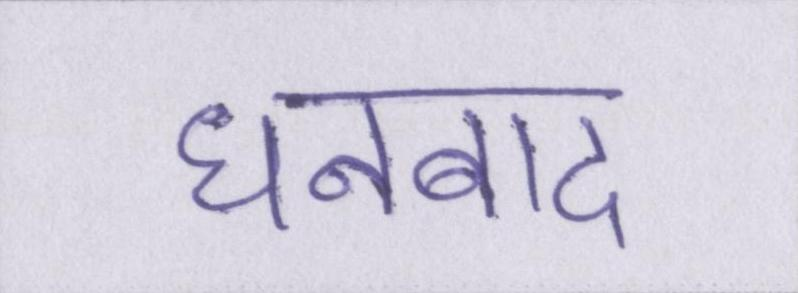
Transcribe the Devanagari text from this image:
धनबाद